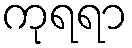
ကုရရာ